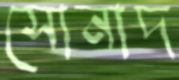
সোনাদ